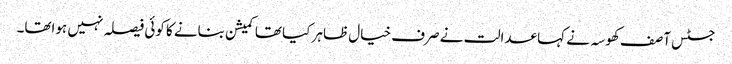
جسٹس آصف کھوسہ نے کہا عدالت نے صرف خیال ظاہر کیا تھا کمیشن بنانے کا کوئی فیصلہ نہیں ہواتھا۔